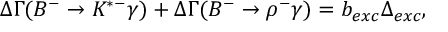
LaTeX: \Delta \Gamma ( B ^ { - } \to K ^ { * - } \gamma ) + \Delta \Gamma ( B ^ { - } \to \rho ^ { - } \gamma ) = b _ { e x c } \Delta _ { e x c } ,